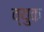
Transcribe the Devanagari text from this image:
व्युक